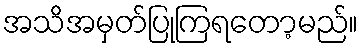
အသိအမှတ်ပြုကြရတော့မည်။